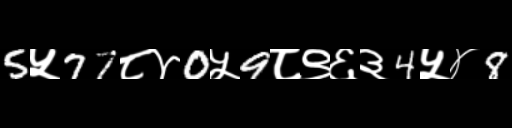
Text: 5५77८४0५9८९६३4५४8